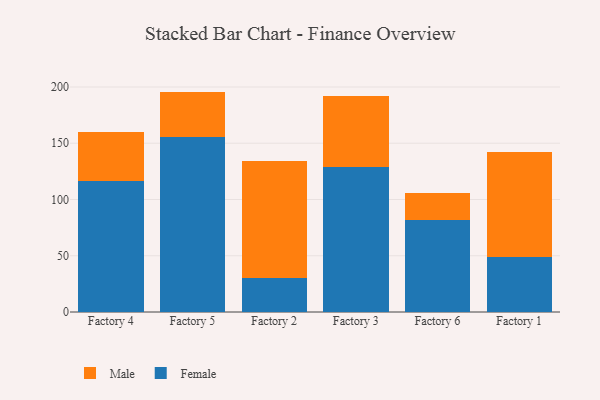
{"axis": {"x": "Factory", "y": "Revenue (USD Million)"}, "legend": ["Female", "Male"], "data": [{"x": "Factory 4", "y": 116.3, "type": "Female"}, {"x": "Factory 4", "y": 43.3, "type": "Male"}, {"x": "Factory 5", "y": 155.9, "type": "Female"}, {"x": "Factory 5", "y": 40.0, "type": "Male"}, {"x": "Factory 2", "y": 30.1, "type": "Female"}, {"x": "Factory 2", "y": 103.8, "type": "Male"}, {"x": "Factory 3", "y": 129.2, "type": "Female"}, {"x": "Factory 3", "y": 62.6, "type": "Male"}, {"x": "Factory 6", "y": 81.8, "type": "Female"}, {"x": "Factory 6", "y": 24.0, "type": "Male"}, {"x": "Factory 1", "y": 48.6, "type": "Female"}, {"x": "Factory 1", "y": 93.7, "type": "Male"}]}